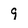
Character: 9